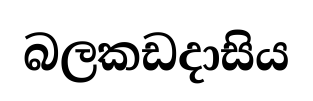
බලකඩදාසිය